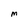
Character: M